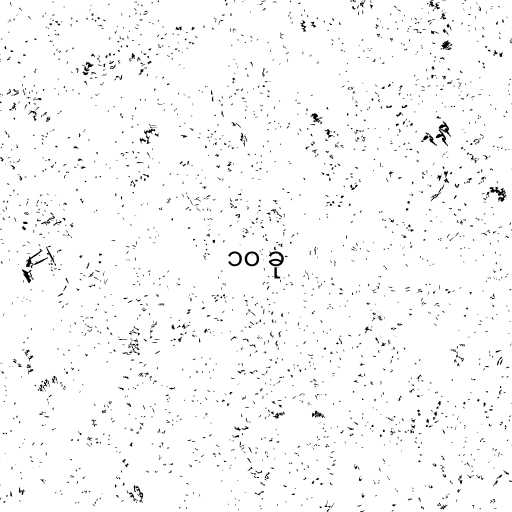
၁၀ ခု